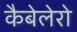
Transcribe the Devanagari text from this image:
कैबेलेरो